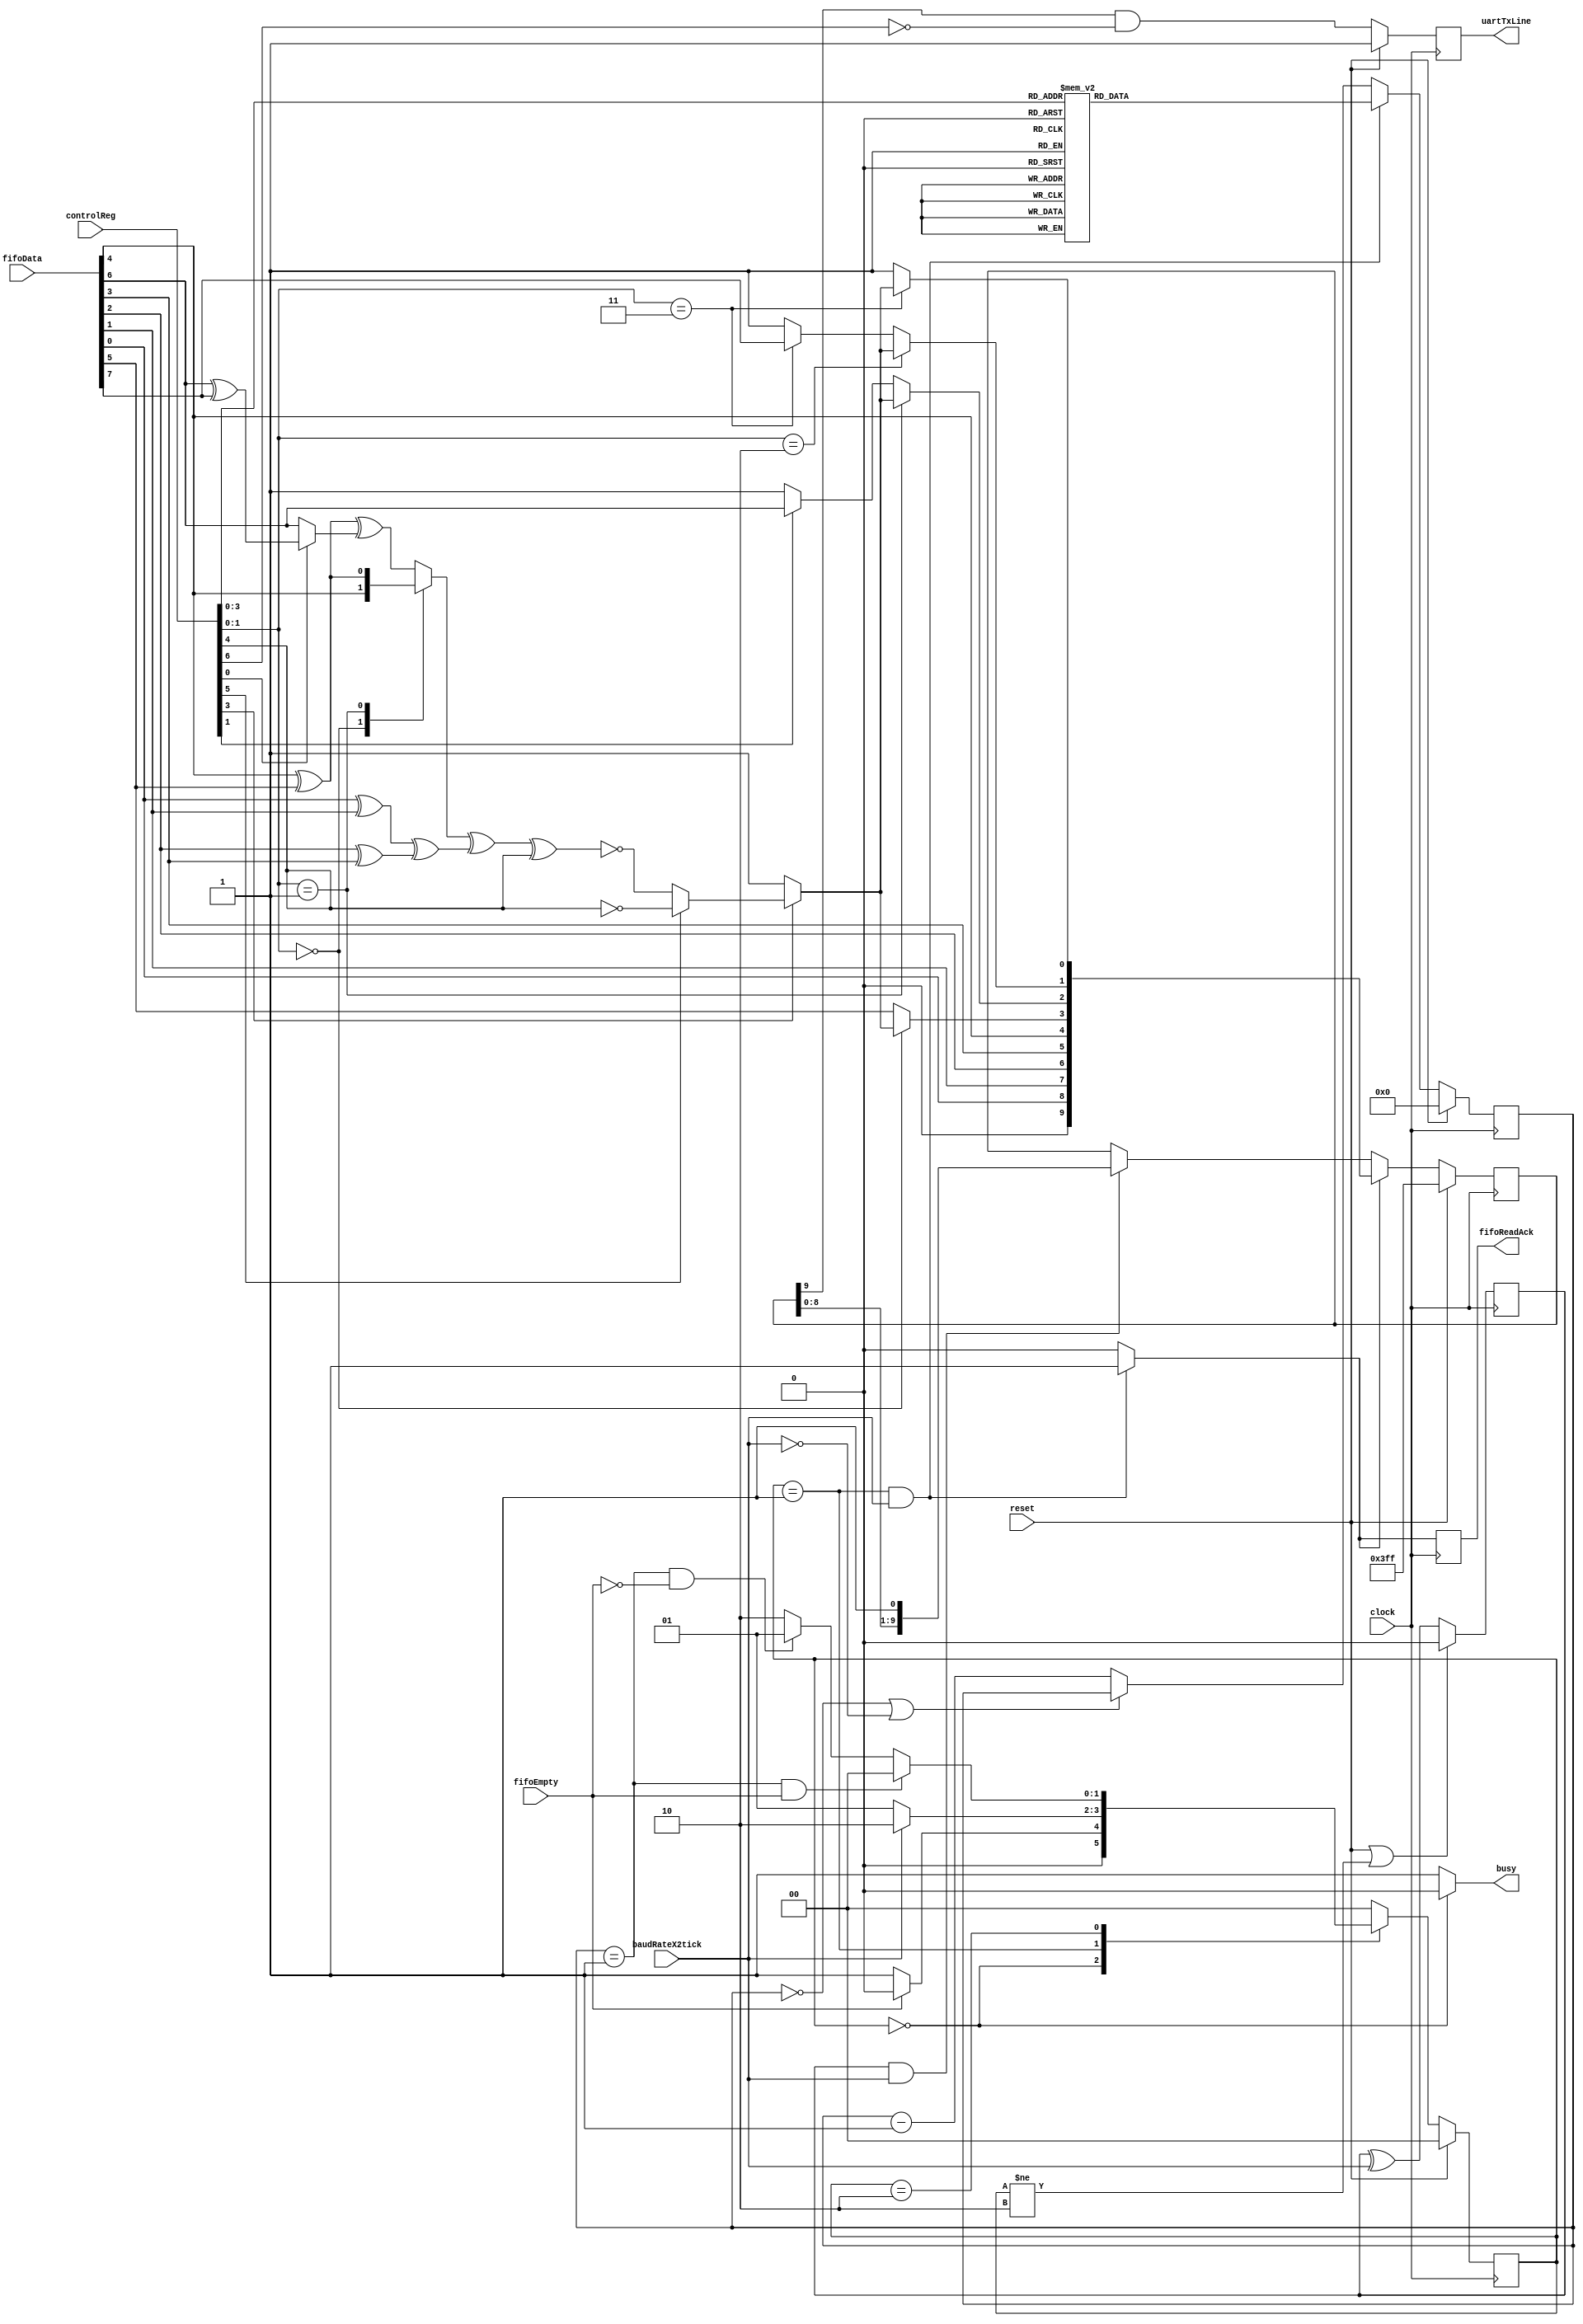
module uartTx ( input wire        clock,
                                  reset,
                                  baudRateX2tick,
                input wire [6:0]  controlReg,
                input wire [7:0]  fifoData,
                input wire        fifoEmpty,
                output wire       busy,
                output reg        fifoReadAck,
                                  uartTxLine );
  
  localparam [1:0] IDLE  = 2'b00;
  localparam [1:0] LOAD  = 2'b01;
  localparam [1:0] SHIFT = 2'b10;
  
  reg [1:0] s_stateMachineReg;
  
  assign busy = (s_stateMachineReg == IDLE) ? 1'b0 : 1'b1;

  // here we define the parity
  wire [3:0] s_xorStage1;
  wire s_mux1 = (controlReg[0] == 1'b0) ? fifoData[6] : s_xorStage1[3];
  reg  s_mux2;
  wire [1:0] s_xorStage2 = { (s_xorStage1[2] ^ s_mux1), (s_xorStage1[0] ^ s_xorStage1[1]) };
  wire s_xorStage3 = s_mux2 ^ s_xorStage2[0];
  wire s_parityBit = (controlReg[3] == 1'b0) ? 1'b1 : (controlReg[5] == 1'b1) ? ~controlReg[4] : ~(s_xorStage3 ^ controlReg[4]);
  
  genvar n;
  
  generate
    for (n = 0; n < 4; n = n + 1)
	   begin : gen
        assign s_xorStage1[n] = fifoData[n * 2] ^ fifoData[n * 2 + 1];
		end
  endgenerate
  
  always @*
    case (controlReg[1:0])
      2'b00     : s_mux2 <= fifoData[4];
      2'b01     : s_mux2 <= s_xorStage1[2];
      default   : s_mux2 <= s_xorStage2[1];
    endcase
  
  // here we define the shifter
  reg        s_bitDoneReg;
  wire       s_bitDoneNext      = (reset == 1'b1 || s_stateMachineReg != SHIFT) ? 1'b0 : s_bitDoneReg ^ baudRateX2tick;
  wire       s_loadShifter      = (s_stateMachineReg == LOAD && baudRateX2tick == 1'b1) ? 1'b1 : 1'b0;
  wire       s_shiftOnePosition = s_bitDoneReg & baudRateX2tick;
  wire [9:0] s_shifterLoadValue;
  reg  [9:0] s_shiftReg;
  wire [9:0] s_shiftNext = (reset == 1'b1) ? 10'h3FF : (s_loadShifter == 1'b1) ? s_shifterLoadValue :
                           (s_shiftOnePosition == 1'b1) ? {s_shiftReg[8:0], 1'b1} : s_shiftReg;
  
  assign s_shifterLoadValue[9] = 1'b0;
  assign s_shifterLoadValue[8] = fifoData[0];
  assign s_shifterLoadValue[7] = fifoData[1];
  assign s_shifterLoadValue[6] = fifoData[2];
  assign s_shifterLoadValue[5] = fifoData[3];
  assign s_shifterLoadValue[4] = fifoData[4];
  assign s_shifterLoadValue[3] = (controlReg[1:0] == 2'b00) ? s_parityBit : fifoData[5];
  assign s_shifterLoadValue[2] = (controlReg[1:0] == 2'b01) ? s_parityBit : (controlReg[1] == 1'b1) ? fifoData[6] : 1'b1;
  assign s_shifterLoadValue[1] = (controlReg[1:0] == 2'b10) ? s_parityBit : (controlReg[1:0] == 2'b11) ? fifoData[7] : 1'b1;
  assign s_shifterLoadValue[0] = (controlReg[1:0] == 2'b11) ? s_parityBit : 1'b1;
  
  always @(posedge clock)
    begin
      s_bitDoneReg <= s_bitDoneNext;
      s_shiftReg   <= s_shiftNext;
      uartTxLine   <= (reset == 1'b1) ? 1'b1 : s_shiftReg[9] & ~controlReg[6];
      fifoReadAck  <= s_loadShifter;
    end

  // here we define the half bit counter
  reg  [4:0] s_halfBitCountReg, s_halfBitLoadValue;
  wire [4:0] s_halfBitCountNext = (reset == 1'b1) ? 5'd0 : (s_stateMachineReg == LOAD && baudRateX2tick == 1'b1) ? s_halfBitLoadValue :
                                  (s_halfBitCountReg == 5'd0 || baudRateX2tick == 1'b0) ? s_halfBitCountReg : s_halfBitCountReg - 5'd1;
  
  always @(posedge clock) s_halfBitCountReg <= s_halfBitCountNext;
  
  always @*
    case (controlReg[3:0])
      4'h0    : s_halfBitLoadValue <= 5'd14;
      4'h1    : s_halfBitLoadValue <= 5'd16;
      4'h2    : s_halfBitLoadValue <= 5'd18;
      4'h3    : s_halfBitLoadValue <= 5'd20;
      4'h4    : s_halfBitLoadValue <= 5'd15;
      4'h5    : s_halfBitLoadValue <= 5'd18;
      4'h6    : s_halfBitLoadValue <= 5'd20;
      4'h7    : s_halfBitLoadValue <= 5'd22;
      4'h8    : s_halfBitLoadValue <= 5'd16;
      4'h9    : s_halfBitLoadValue <= 5'd18;
      4'hA    : s_halfBitLoadValue <= 5'd20;
      4'hB    : s_halfBitLoadValue <= 5'd22;
      4'hC    : s_halfBitLoadValue <= 5'd17;
      4'hD    : s_halfBitLoadValue <= 5'd20;
      4'hE    : s_halfBitLoadValue <= 5'd22;
      default : s_halfBitLoadValue <= 5'd24;
    endcase
  
  // here we define the state machine
  reg [1:0] s_stateMachineNext;
  
  always @*
    case (s_stateMachineReg)
      IDLE     : s_stateMachineNext <= (fifoEmpty == 1'b0) ? LOAD : IDLE;
      LOAD     : s_stateMachineNext <= (baudRateX2tick == 1'b1) ? SHIFT : LOAD;
      SHIFT    : s_stateMachineNext <= (s_halfBitCountReg == 5'd1 && fifoEmpty == 1'b1) ? IDLE :
                                       (s_halfBitCountReg == 5'd1 && fifoEmpty == 1'b0) ? LOAD : SHIFT;
      default  : s_stateMachineNext <= IDLE;
    endcase
  
  always @(posedge clock) s_stateMachineReg <= (reset == 1'b1) ? IDLE : s_stateMachineNext;
endmodule